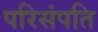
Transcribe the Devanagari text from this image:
परिसंपति